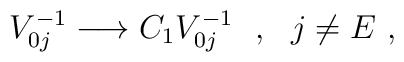
V_{0j}^{-1}\longrightarrow C_1V_{0j}^{-1}\ \ ,\ \ j\neq E\ ,